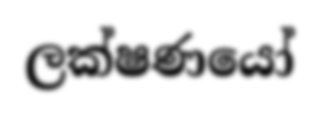
ලක්ෂණයෝ